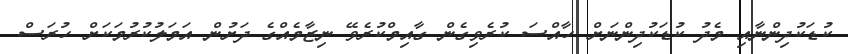
ކުޑަކުދިންނާއި މެދު ކުޑަކުދިންނަށް ހާއްސަ ކުރެވިގެން ގާއިމްކުރެވޭ ނިޒާމެއްގެ ދަށުން އަމަލުކުރުމަކަށް ހުރަސް